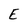
Character: E